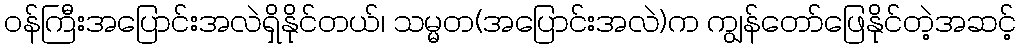
ဝန်ကြီးအပြောင်းအလဲရှိနိုင်တယ်၊ သမ္မတ(အပြောင်းအလဲ)က ကျွန်တော်ဖြေနိုင်တဲ့အဆင့်